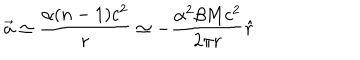
LaTeX: \vec { a } \simeq \frac { \alpha ( n - 1 ) c ^ { 2 } } { r } \simeq - \frac { \alpha ^ { 2 } \beta M c ^ { 2 } } { 2 \pi r } \hat { r }